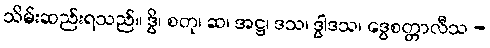
သိမ်းဆည်းရသည်။ ဒွိ၊ စတု၊ ဆ၊ အဋ္ဌ၊ ဒသ၊ ဒွါဒသ၊ ဒွေစတ္တာလီသ -